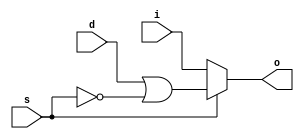
module MUX #(
    parameter N=1
) (
    output wire o,
    input  wire i,
    input  wire [N-1:0] s,
    input  wire [N-1:0] d);

    assign o = (|s) ? &(d|(~s)) : i;
endmodule